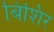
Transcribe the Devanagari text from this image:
बिशिर